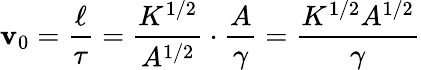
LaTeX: \mathbf{v}_{0}=\frac{{\ell}}{{\tau}}=\frac{{K^{1/2}}}{{A^{1/2}}}\cdot\frac{{A}}{{\gamma}}=\frac{{K^{1/2}A^{1/2}}}{{\gamma}}